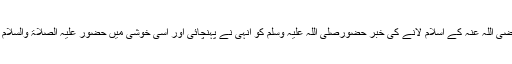
حضرت عباس رضی اللہ عنہ کے اسلام لانے کی خبر حضورصلی اللہ علیہ وسلم کو انہی نے پہنچائی اور اسی خوشی میں حضور علیہ الصلاۃ والسلام نے انہیں آزاد کیا۔